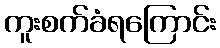
ကူးစက်ခံရကြောင်း